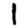
Digit: 1